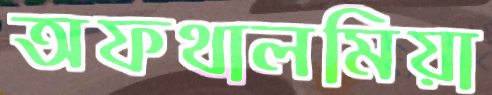
অফথালমিয়া